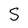
Character: S